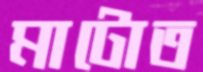
মাটোত